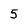
Character: 5